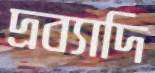
দ্রব্যাদি